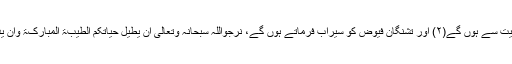
اُمید ہے کہ مزاجِ اقدس خیروعافیت سے ہوں گے(۲) اور تشنگانِ فیوض کو سیراب فرماتے ہوں گے، نرجواللّٰہ سبحانہٗ وتعالٰی أن یُّطیل حیاتَکم الطیّبۃَ المبارکۃَ وأن یُّدیمَ برکاتہٖ للأمۃ بکل شفاء ودواء۔